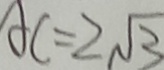
A C = 2 \sqrt { 3 }